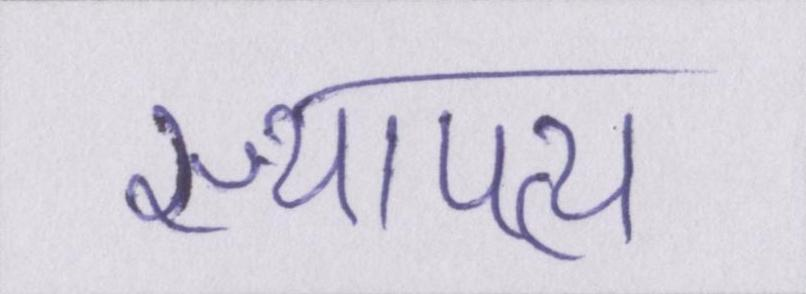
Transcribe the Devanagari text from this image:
स्थापत्य